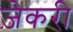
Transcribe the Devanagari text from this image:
ज़ेकरी